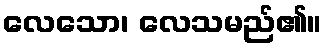
လေသော၊ လေသမည်၏။